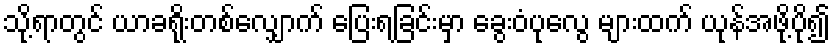
သို့ရာတွင် ယာခရိုးတစ်လျှောက် ပြေးရခြင်းမှာ ခွေးဝံပုလွေ များထက် ယုန်အဖို့ပို၍